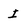
Character: I